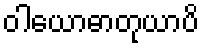
ဝါယောဓာတုယာပိ